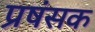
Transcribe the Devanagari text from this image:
प्रषंसक